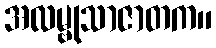
အလမ္ဗုသာဇာတက။